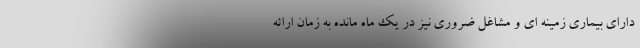
دارای بیماری زمینه ای و مشاغل ضروری نیز در یک ماه مانده به زمان ارائه